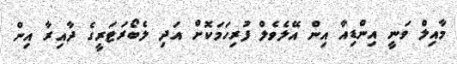
މާއިލް ވަނީ އިންޑިއާ އިން އޭލެވެލް ފުރިހަމަކޮށް އަދި ލެބޯރަޓަރީގެ ދާއިރާ އިން